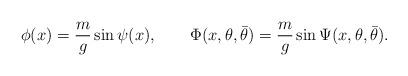
LaTeX: \begin{align*}\phi(x) = {m \over g} \sin \psi(x), \qquad \Phi(x, \theta, \bar\theta)= {m \over g} \sin \Psi(x, \theta, \bar\theta).\end{align*}